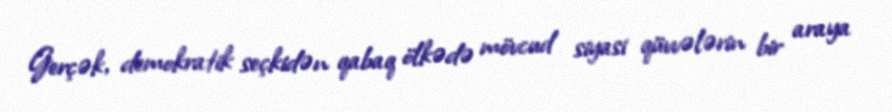
Gerçək, demokratik seçkidən qabaq ölkədə mövcud siyasi qüvvələrin bir araya